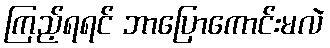
ကြည့်ရရင် ဘာပြောကောင်းမလဲ